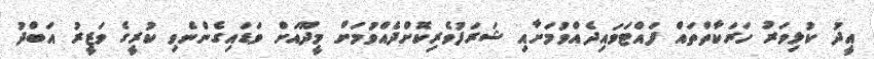
އީދު ކުޅިވަރު ހަރަކާތްތައް ފައްޓަވައިދެއްވުމަށާއި ޝަރަފުވެރިކޮށްދެއްވުމަށް މީދޫއަށް ވަޑައިގެންނެވި ކުރީގެ ވަޒީރު އަބްދު